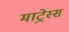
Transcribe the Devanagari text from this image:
माट्रेस्स